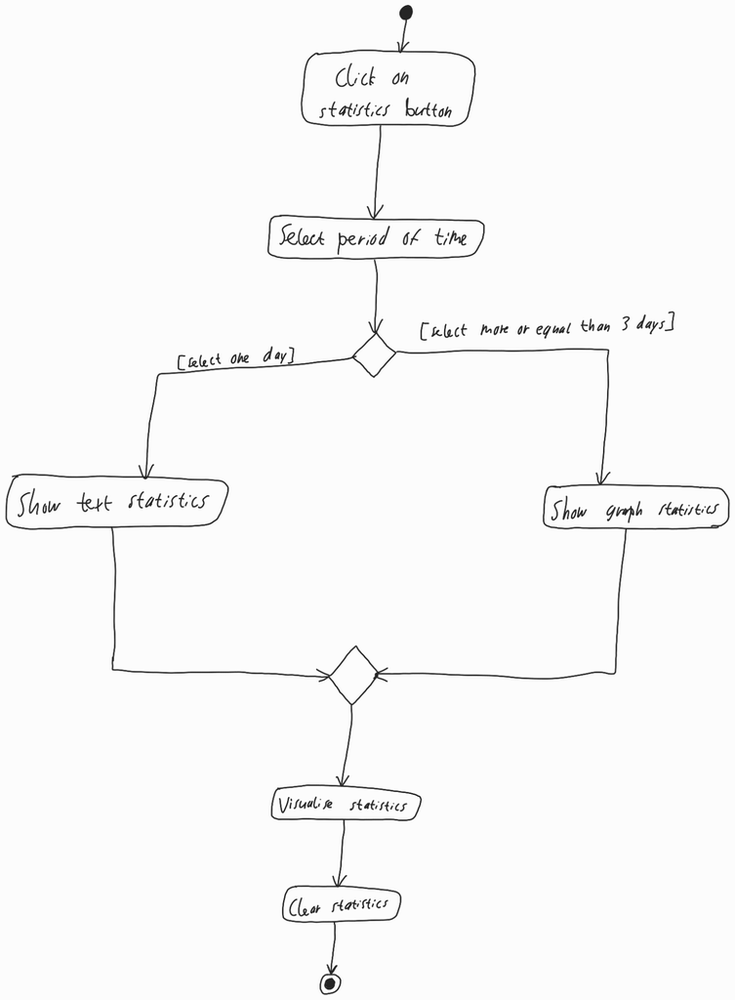
Diagram type: activity_diagram
```plantuml
@startuml

start

:Click on statistics button;

:Select period of time;

if () then ([select one day])
  :Show text statistics;
else ([select more or equal than 3 days])
  :Show group statistics;
endif

:Visualise statistics;

:Clear statistics;

stop

@enduml
```